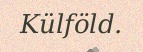
Külföld.